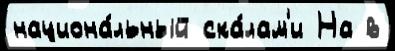
национа́льный ска́лам'и На в